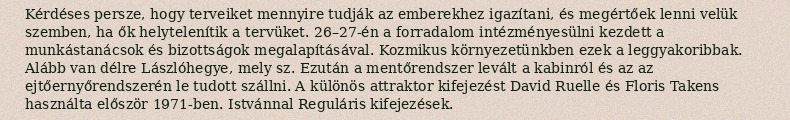
Kérdéses persze, hogy terveiket mennyire tudják az emberekhez igazítani, és megértőek lenni velük szemben, ha ők helytelenítik a tervüket. 26–27-én a forradalom intézményesülni kezdett a munkástanácsok és bizottságok megalapításával. Kozmikus környezetünkben ezek a leggyakoribbak. Alább van délre Lászlóhegye, mely sz. Ezután a mentőrendszer levált a kabinról és az az ejtőernyőrendszerén le tudott szállni. A különös attraktor kifejezést David Ruelle és Floris Takens használta először 1971-ben. Istvánnal Reguláris kifejezések.